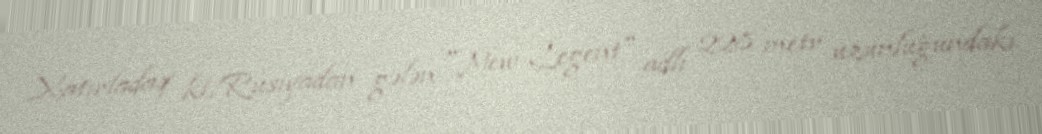
Xatırladaq ki, Rusiyadan gələn "New Legent" adlı 228 metr uzunluğundakı